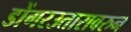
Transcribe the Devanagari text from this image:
डोंगरउतारावरुन